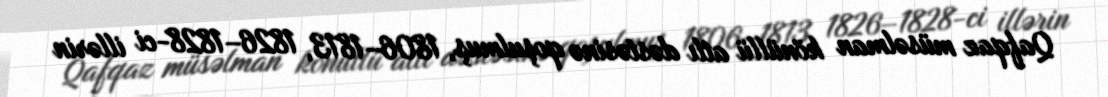
Qafqaz müsəlman könüllü atlı dəstəsinə qoşulmuş, 1806–1813, 1826–1828-ci illərin